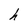
Character: h